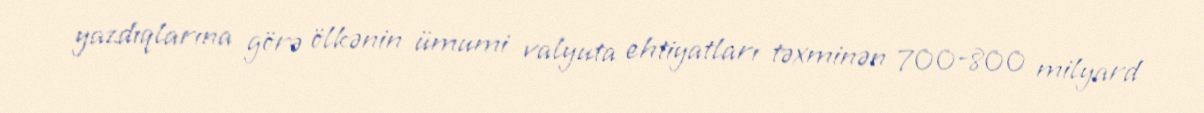
yazdıqlarına görə ölkənin ümumi valyuta ehtiyatları təxminən 700-800 milyard